画像に写った文字を読んでください
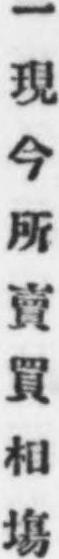
「一現今所賣買相塲」と書いてあります